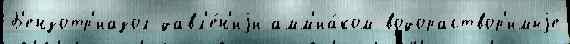
Б'ензотр'иазол давл'е́н'иjи амм'иа́ком водораствор'имыjе